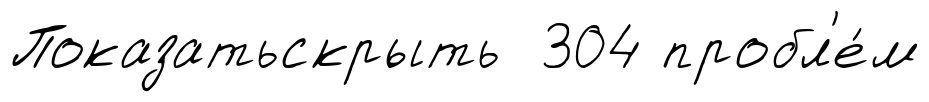
Показатьскрыть 304 пробл'е́м